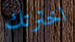
اخترتك